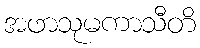
အဖာသုမကာသီတိ